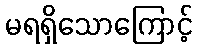
မရရှိသောကြောင့်